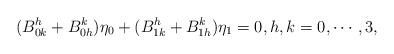
LaTeX: \begin{align*}(B^h_{0k}+B^k_{0h})\eta_0+(B^h_{1k}+B^k_{1h})\eta_1=0, h,k=0,\cdots, 3,\end{align*}